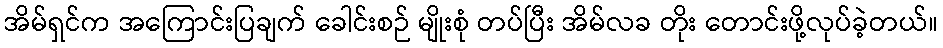
အိမ်ရှင်က အကြောင်းပြချက် ခေါင်းစဉ် မျိုးစုံ တပ်ပြီး အိမ်လခ တိုး တောင်းဖို့လုပ်ခဲ့တယ်။